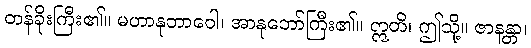
တန်ခိုးကြီး၏။ မဟာနုဘာဝေါ၊ အာနုဘော်ကြီး၏။ ဣတိ၊ ဤသို့။ ဇာနန္တာ၊